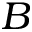
B